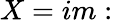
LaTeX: X=im: